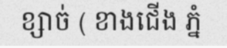
ខ្សាច់ ( ខាងជើង ភ្នំ